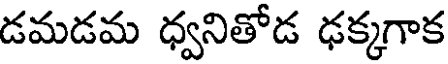
డమడమ ధ్వనితోడ ఢక్కగాక